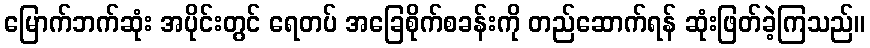
မြောက်ဘက်ဆုံး အပိုင်းတွင် ရေတပ် အခြေစိုက်စခန်းကို တည်ဆောက်ရန် ဆုံးဖြတ်ခဲ့ကြသည်။